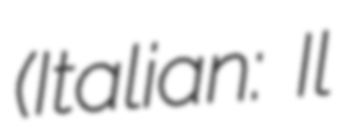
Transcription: (Italian: Il